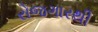
રોજગારથી